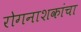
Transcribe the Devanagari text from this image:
रोगनाशकांचा